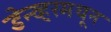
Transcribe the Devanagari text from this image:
डेन्व्हरमधून